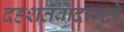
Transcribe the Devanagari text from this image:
दहशतवादामुळे